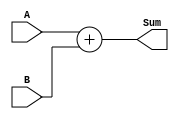
`timescale 1ns / 1ps
//////////////////////////////////////////////////////////////////////////////////
// Company: 
// Engineer: 
// 
// Design Name: 
// Module Name: 32bitAdder
// Project Name: 
// Target Devices: 
// Tool Versions: 
// Description: 
// 
// Dependencies: 
// 
// Revision:
// Revision 0.01 - File Created
// Additional Comments:
// 
//////////////////////////////////////////////////////////////////////////////////


module Adder32bit(A, B, Sum);
    input [31:0] A, B;
    output reg [31:0] Sum;
    
    always@(*) begin
        Sum <= A + B;
    end
endmodule